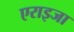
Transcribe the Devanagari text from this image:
एराइजा